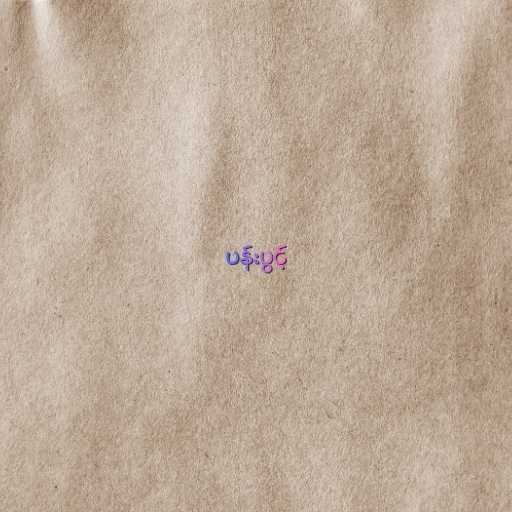
ပန်းပွင့်